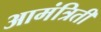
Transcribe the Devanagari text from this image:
आमंत्रिती